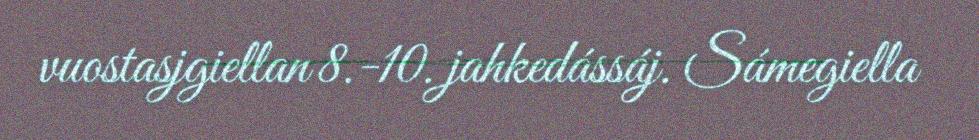
vuostasjgiellan 8.-10. jahkedássáj. Sámegiella